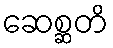
ဆေစ္ဆတိ